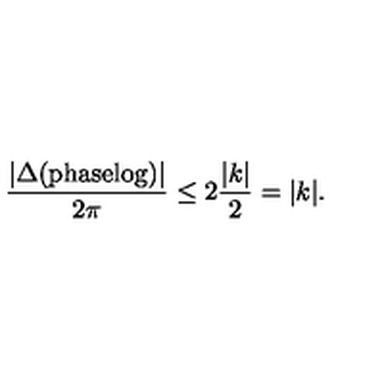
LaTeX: \frac { | \Delta ( \mathrm { p h a s e l o g } ) | } { 2 \pi } \leq 2 \frac { | k | } { 2 } = | k | .